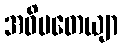
အဓိပတေယျာ